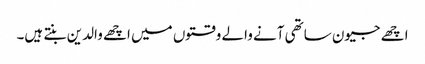
اچھے جیون ساتھی آنے والے وقتوں میں اچھے والدین بنتے ہیں۔